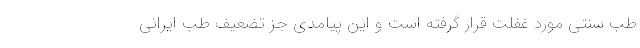
طب سنتی مورد غفلت قرار گرفته است و این پیامدی جز تضعیف طب ایرانی